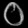
Digit: ၀